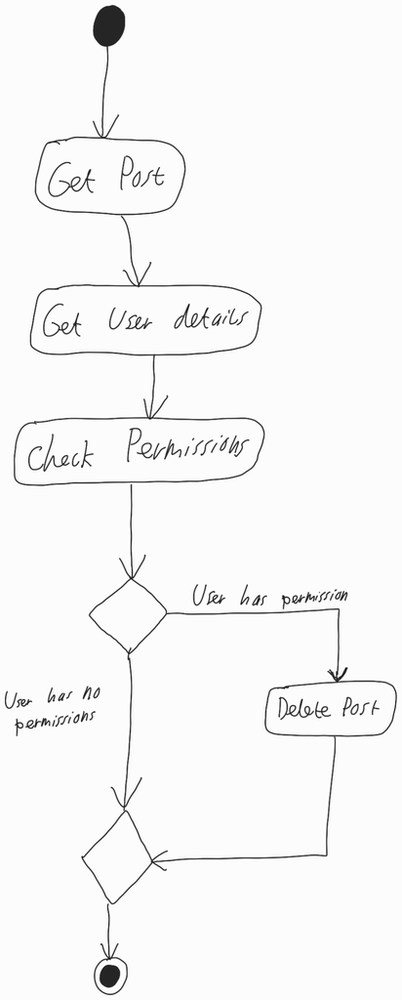
Diagram type: activity_diagram
```plantuml
@startuml

start

:Get Post;

:Get User details;

:Check Permissions;

if () then (User has permission)
  :Delete Post;
else (User has no permissions)
endif

stop

@enduml
```